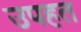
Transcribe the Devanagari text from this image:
उपहत